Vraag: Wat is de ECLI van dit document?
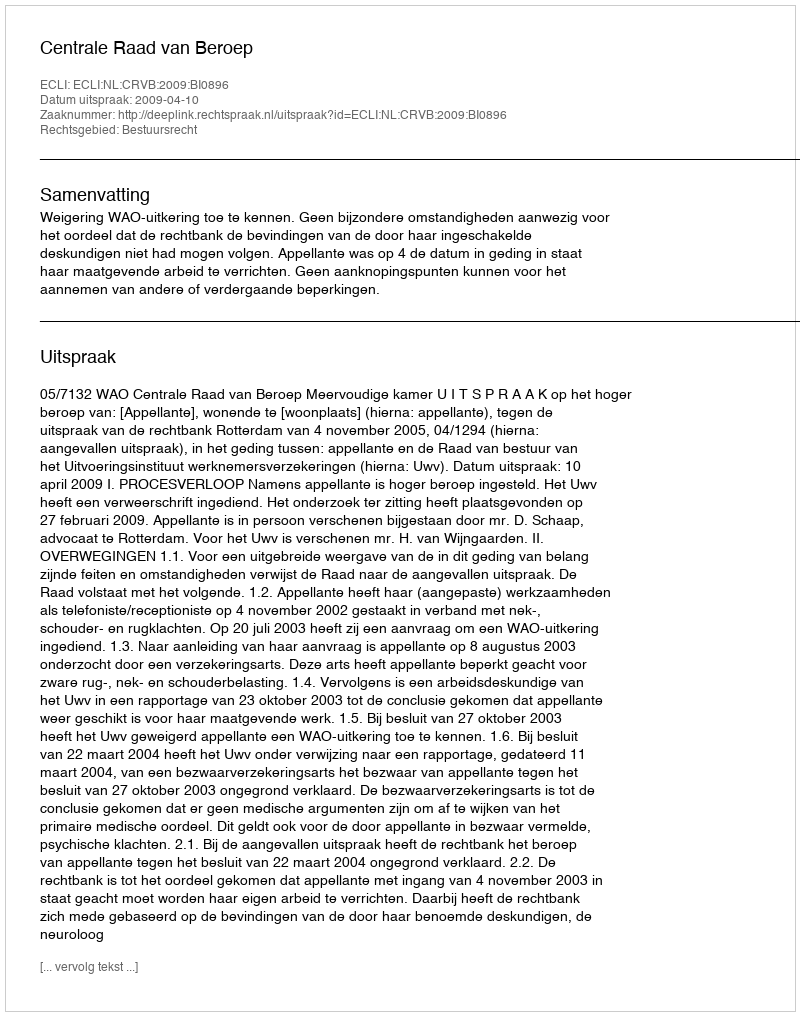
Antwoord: ECLI:NL:CRVB:2009:BI0896